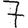
Digit: 7